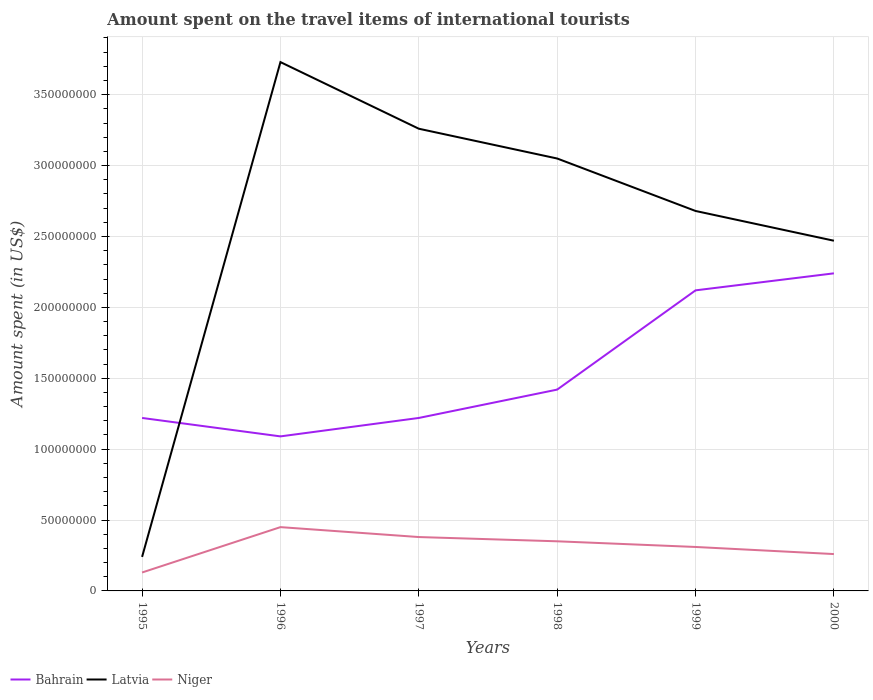
| Years | Bahrain | Latvia | Niger |
 | --- | --- | --- | --- |
 | 1995 | 1.22e+08 | 2.4e+07 | 1.3e+07 |
 | 1996 | 1.09e+08 | 3.73e+08 | 4.5e+07 |
 | 1997 | 1.22e+08 | 3.26e+08 | 3.8e+07 |
 | 1998 | 1.42e+08 | 3.05e+08 | 3.5e+07 |
 | 1999 | 2.12e+08 | 2.68e+08 | 3.1e+07 |
 | 2000 | 2.24e+08 | 2.47e+08 | 2.6e+07 |